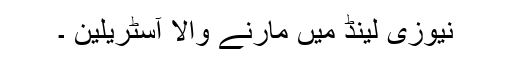
نیوزی لینڈ میں مارنے والا آسٹریلین ۔